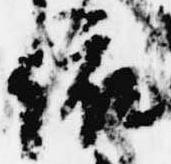
依